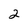
Character: 2